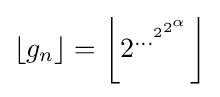
\left\lfloor g_{n}\right\rfloor =\left\lfloor 2^{\dots ^{2^{2^{\alpha }}}}\right\rfloor